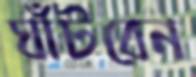
ঘাঁটবেন